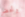
وتحضر